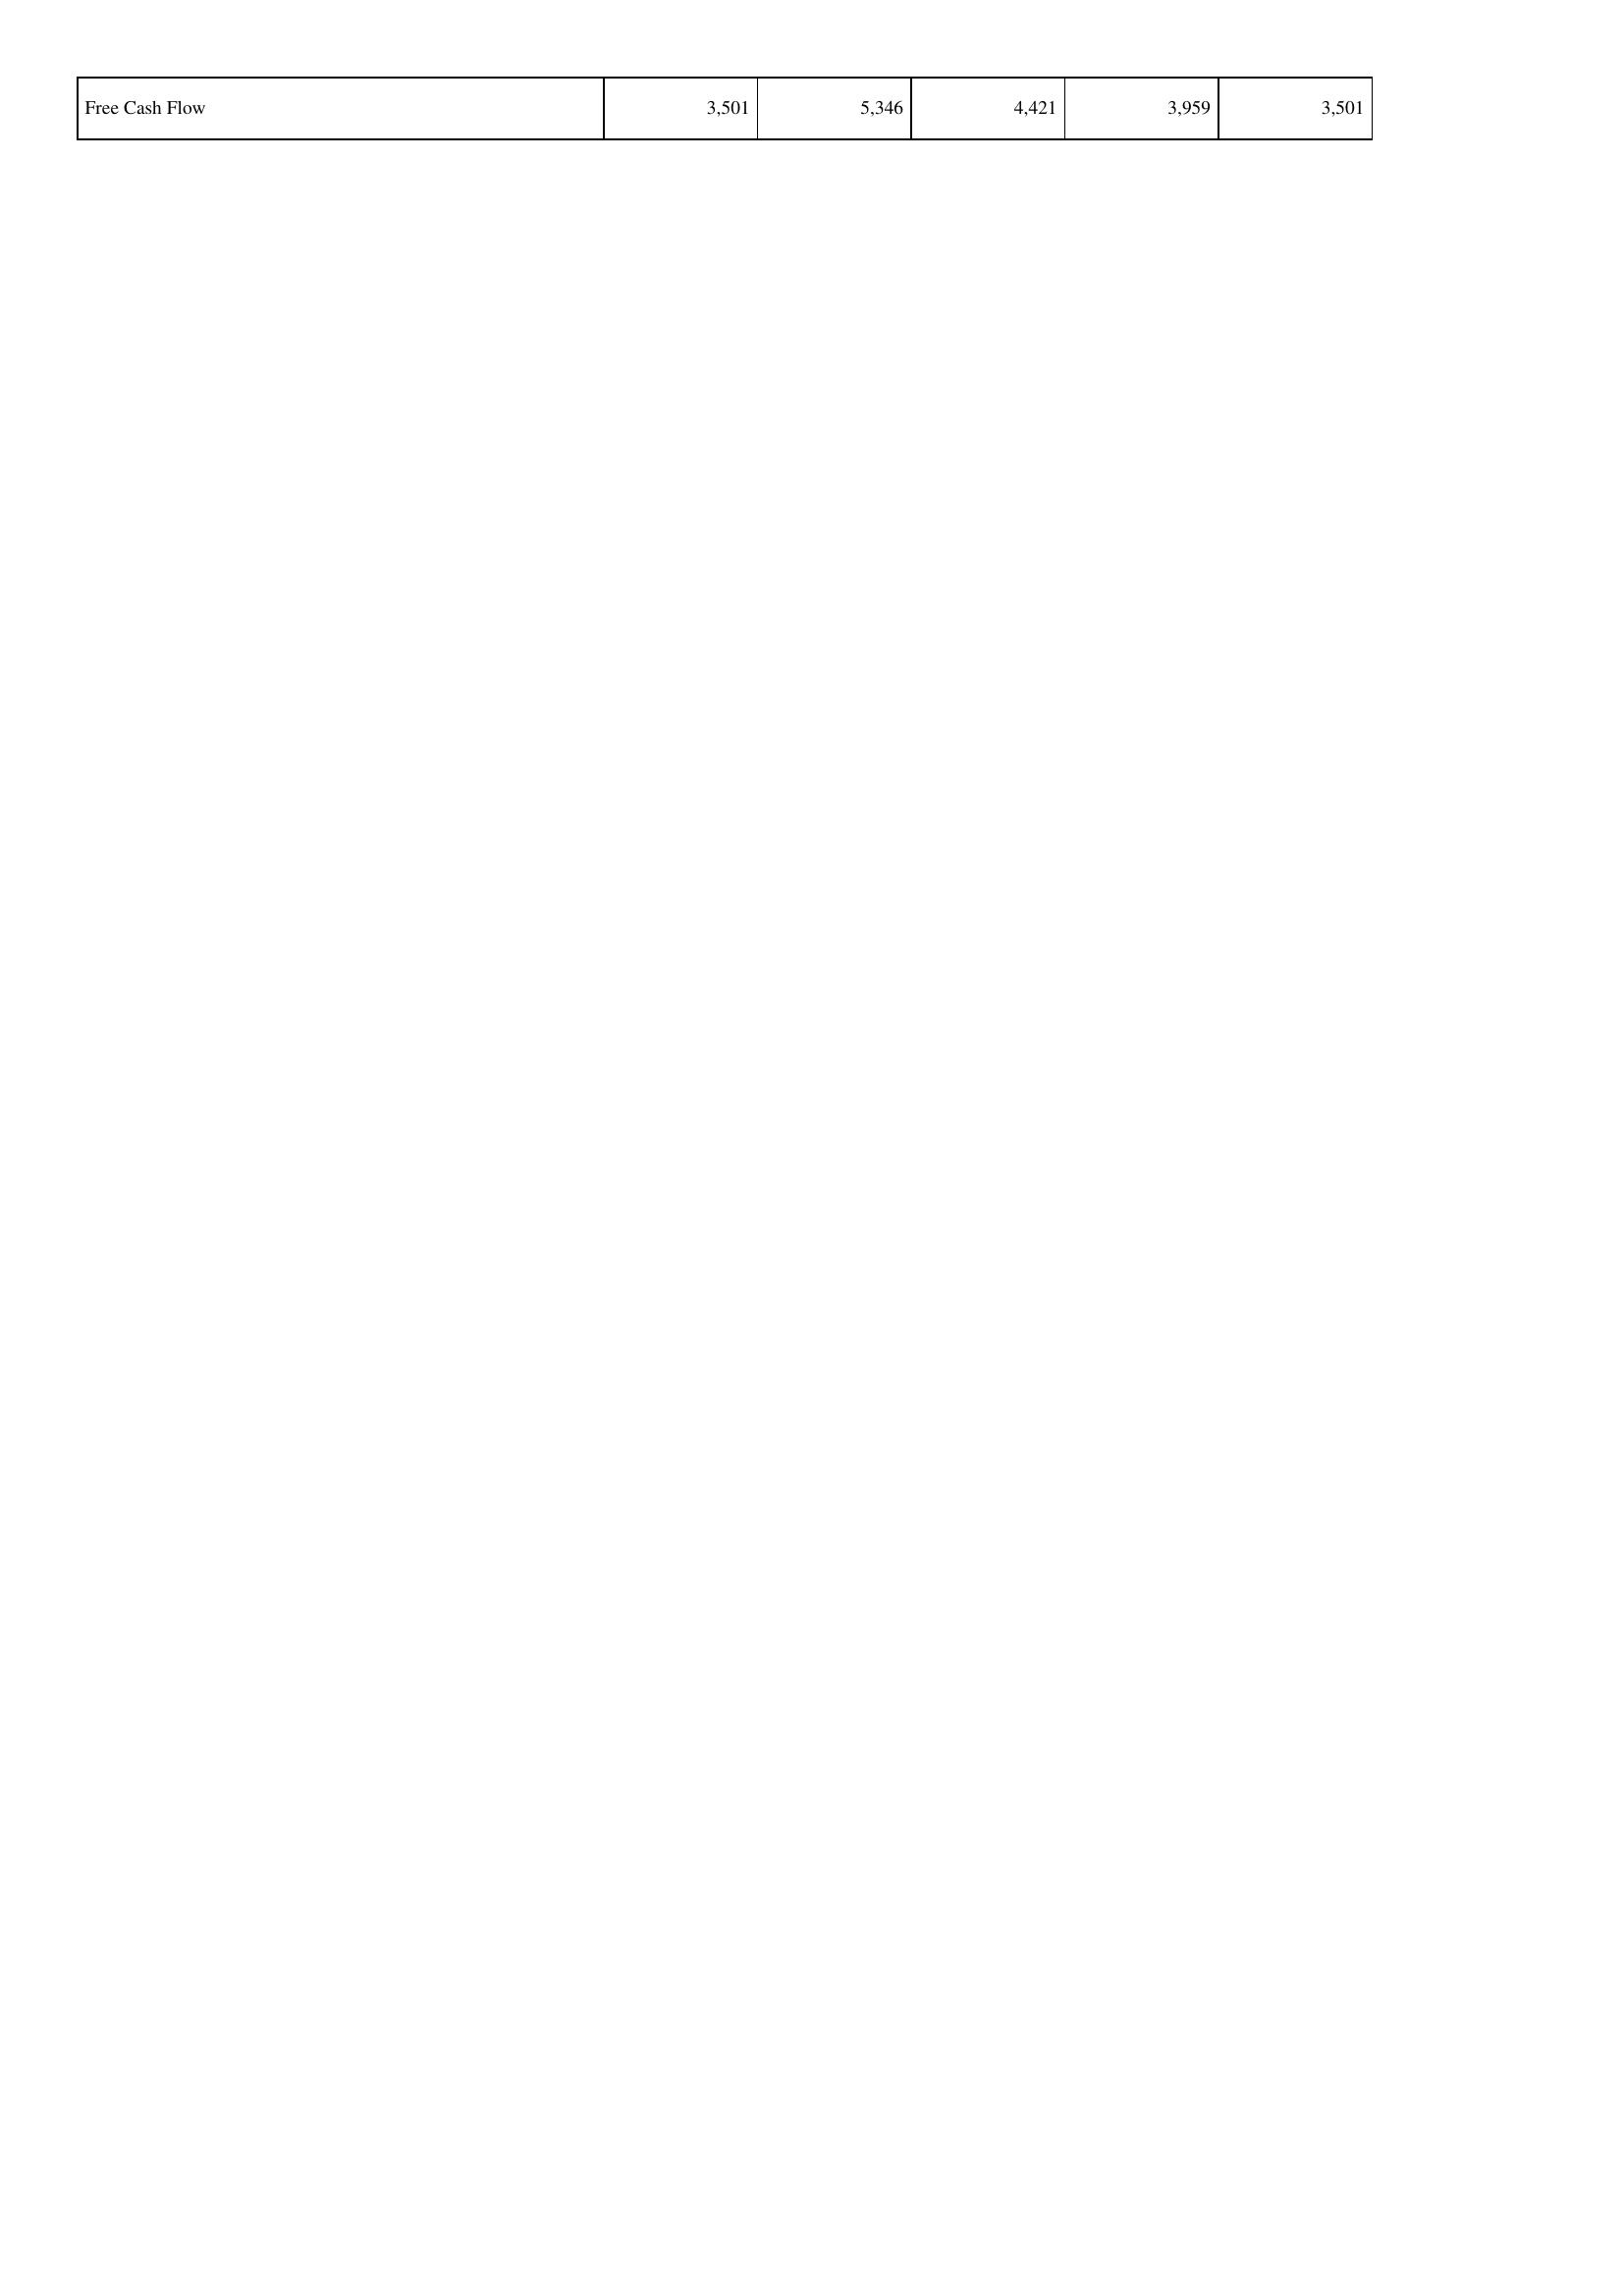
2026: Financing Activities: Free Cash Flow: 3,501
2025: Financing Activities: Free Cash Flow: 5,346
2024: Financing Activities: Free Cash Flow: 4,421
2023: Financing Activities: Free Cash Flow: 3,959
2022: Financing Activities: Free Cash Flow: 3,501